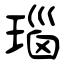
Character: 瑙